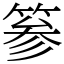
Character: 𥮾